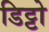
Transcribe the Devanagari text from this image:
डिट्टो